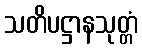
သတိပဋ္ဌာနသုတ္တံ